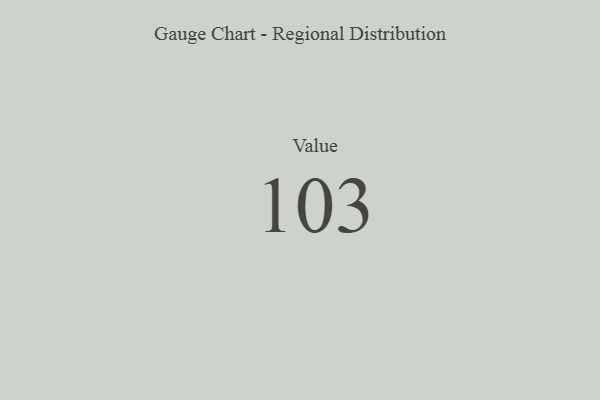
{"axis": {"x": "Metric", "y": "Value"}, "legend": [""], "data": [{"x": "Value", "y": 103, "type": ""}]}